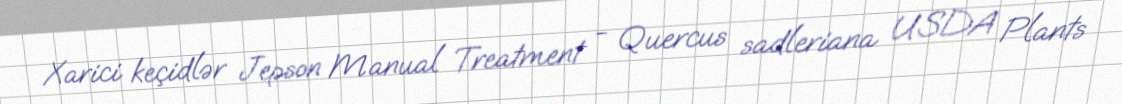
Xarici keçidlər Jepson Manual Treatment - Quercus sadleriana USDA Plants